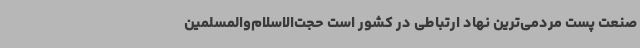
صنعت پست مردمی‌ترین نهاد ارتباطی در کشور است حجت‌الاسلام‌والمسلمین